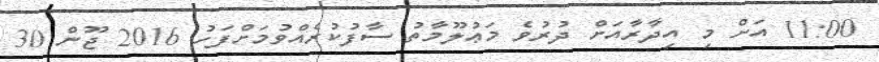
11:00 އަށް މި އިދާރާއަށް ދުރުވެ މަޢުލޫމާތު ސާފުކުރެއްވުމަށްފަހު 2016 ޖޫން 30